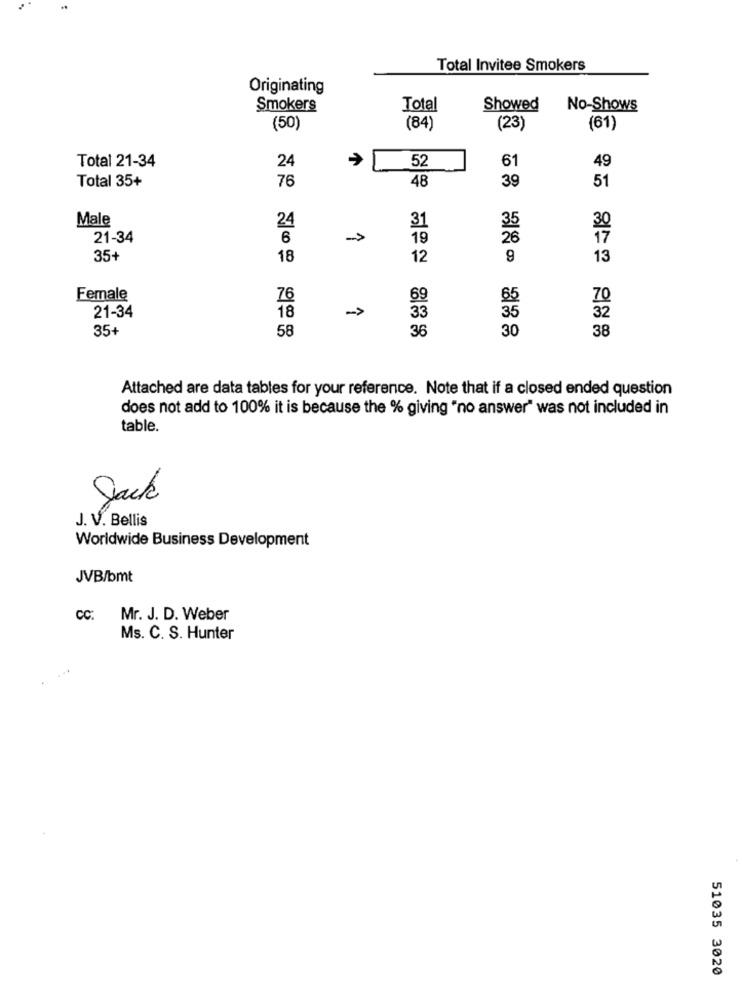
Total Invitee Smokers
Originating
Smokers
Total
Showed
No-Shows
(50)
(84)
(23)
(61)
24
>
52
61
Total 21-34
49
76
48
39
51
Total 35+
Male
24
31
35
21-34
6
->
19
35+
18
12
9
13
Female
76
69
65
70
18
->
32
21-34
33
35
35+
58
30
38
36
Attached are data tables for your reference. Note that if a closed ended question
does not add to 100% it is because the % giving "no answer" was not included in
table.
Jack
J. V. Bellis
Worldwide Business Development
JVB/bmt
cc: Mr. J. D. Weber
Ms. C. S. Hunter
51035 3020